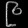
Digit: ၉